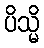
ပိသ္မိ